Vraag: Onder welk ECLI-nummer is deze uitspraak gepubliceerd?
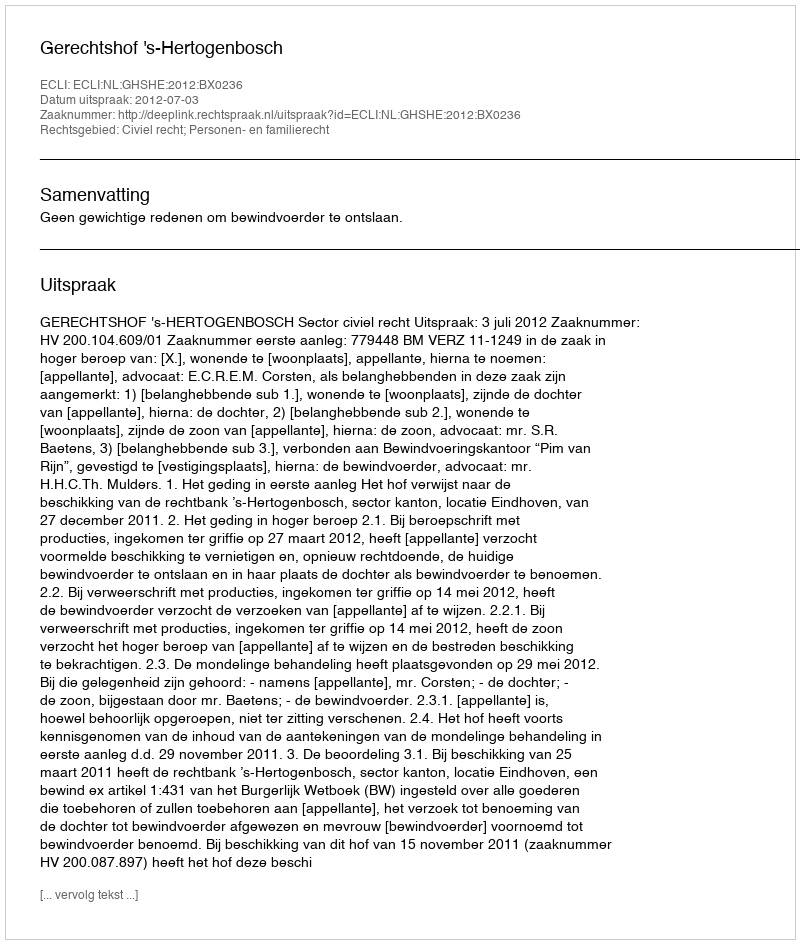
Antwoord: ECLI:NL:GHSHE:2012:BX0236